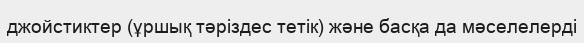
джойстиктер (ұршық тәріздес тетік) және басқа да мәселелерді